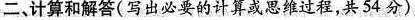
二、计算和解答(写出必要的计算或思维过程，共54分)